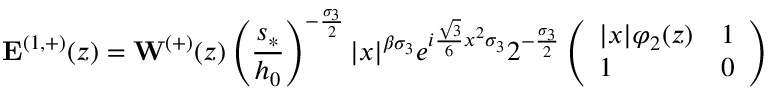
\mathbf { E } ^ { ( 1 , + ) } ( z ) = \mathbf { W } ^ { ( + ) } ( z ) \left( \frac { s _ { * } } { h _ { 0 } } \right) ^ { - \frac { \sigma _ { 3 } } { 2 } } | x | ^ { { \beta } \sigma _ { 3 } } e ^ { i \frac { \sqrt { 3 } } { 6 } x ^ { 2 } \sigma _ { 3 } } 2 ^ { - \frac { \sigma _ { 3 } } { 2 } } \left( \begin{array} { l l } { | x | \varphi _ { 2 } ( z ) } & { 1 } \\ { 1 } & { 0 } \end{array} \right)